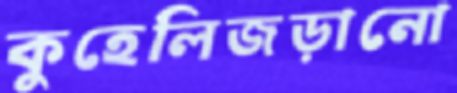
কুহেলিজড়ানো